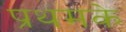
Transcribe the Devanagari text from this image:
प्रथमके